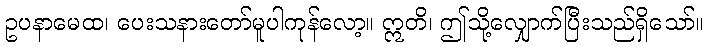
ဥပနာမေထ၊ ပေးသနားတော်မူပါကုန်လော့။ ဣတိ၊ ဤသို့လျှောက်ပြီးသည်ရှိသော်။